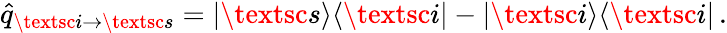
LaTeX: \hat{q}_{\textsc{i}\to\textsc{s}}=|\textsc{s}\rangle\langle\textsc{i}|-|\textsc{i}\rangle\langle\textsc{i}|\, .